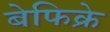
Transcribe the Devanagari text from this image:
बेफिक्रे